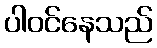
ပါဝင်နေသည်